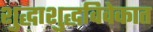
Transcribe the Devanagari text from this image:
शुद्धाशुद्धविवेकात